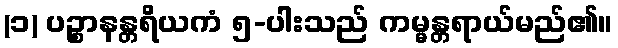
(၁) ပဉ္စာနန္တရိယကံ ၅-ပါးသည် ကမ္မန္တရာယ်မည်၏။